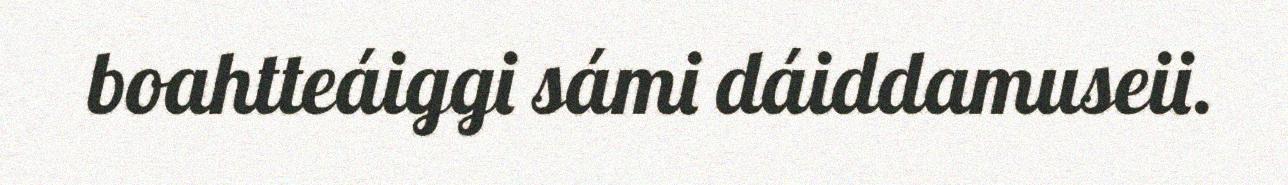
boahtteáiggi sámi dáiddamuseii.